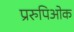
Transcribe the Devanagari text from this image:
प्ररुपिओक